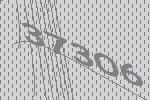
37306